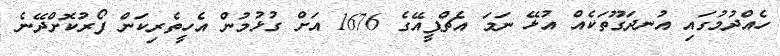
ހެއްދުމުގައި އުނދަގޫތަކެއް އުޅޭ ނަމަ އެޗްޕީއޭގެ 1676 އަށް ގުޅުމުން އެހީތެރިކަން ފޯރުކޮށްދޭނެ